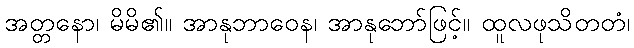
အတ္တနော၊ မိမိ၏။ အာနုဘာဝေန၊ အာနုဘော်ဖြင့်။ ထူလဖုသိတတံ၊